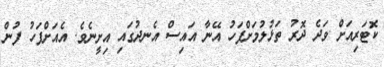
ކޮޓަރިއަށް ވަދެ ދޮރު ތަޅުލުމަށްފަހު އޭނާ އައިސް އެނދުގައި އިށީނެވެ. އެއަށްފަހު ފުން